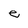
Character: e